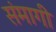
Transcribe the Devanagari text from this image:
संमागी